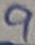
Text: 9